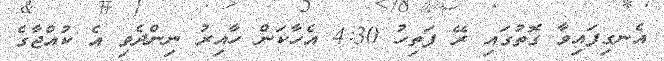
އެނގިފައިވާ ގޮތުގައި ރޭ ފަތިހު 4:30 އެހާކަން ހާއިރު ނިންދެވި އެ ކުއްޖާގެ